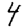
Digit: 4